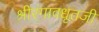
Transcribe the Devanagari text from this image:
श्रीरंगावधूतजी